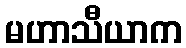
မဟာသီယာက